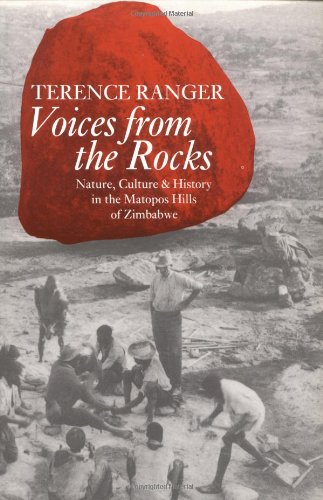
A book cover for Voices from the Rocks: Nature, Culture, and History in the Matopos Hills of Zimbabwe; Terence O. Ranger; History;